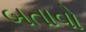
બતાવો